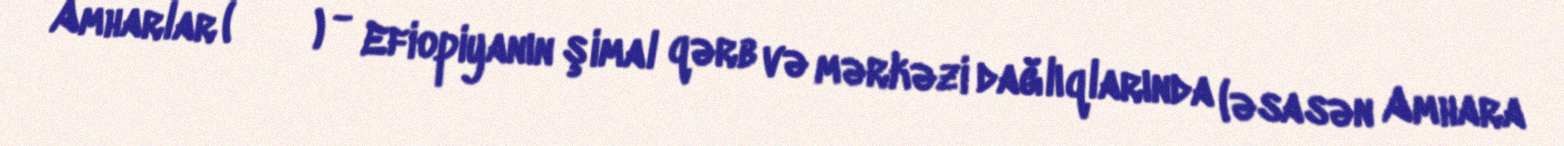
Amharlar (አማራ) - Efiopiyanın şimal qərb və mərkəzi dağlıqlarında (əsasən Amhara